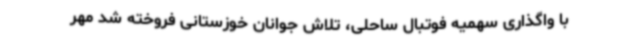
با واگذاری سهمیه فوتبال ساحلی، تلاش جوانان خوزستانی فروخته شد مهر